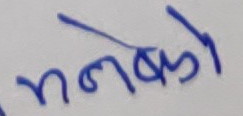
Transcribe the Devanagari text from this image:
मनको